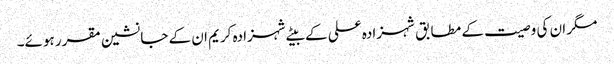
مگر ان کی وصیت کے مطابق شہزادہ علی کے بیٹے شہزادہ کریم ان کے جانشین مقرر ہوئے۔